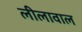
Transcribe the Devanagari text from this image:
लीलावाल